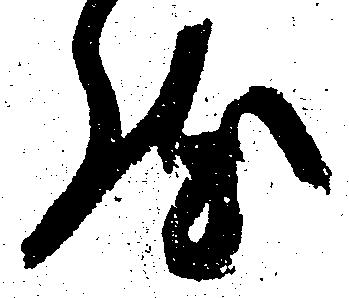
然